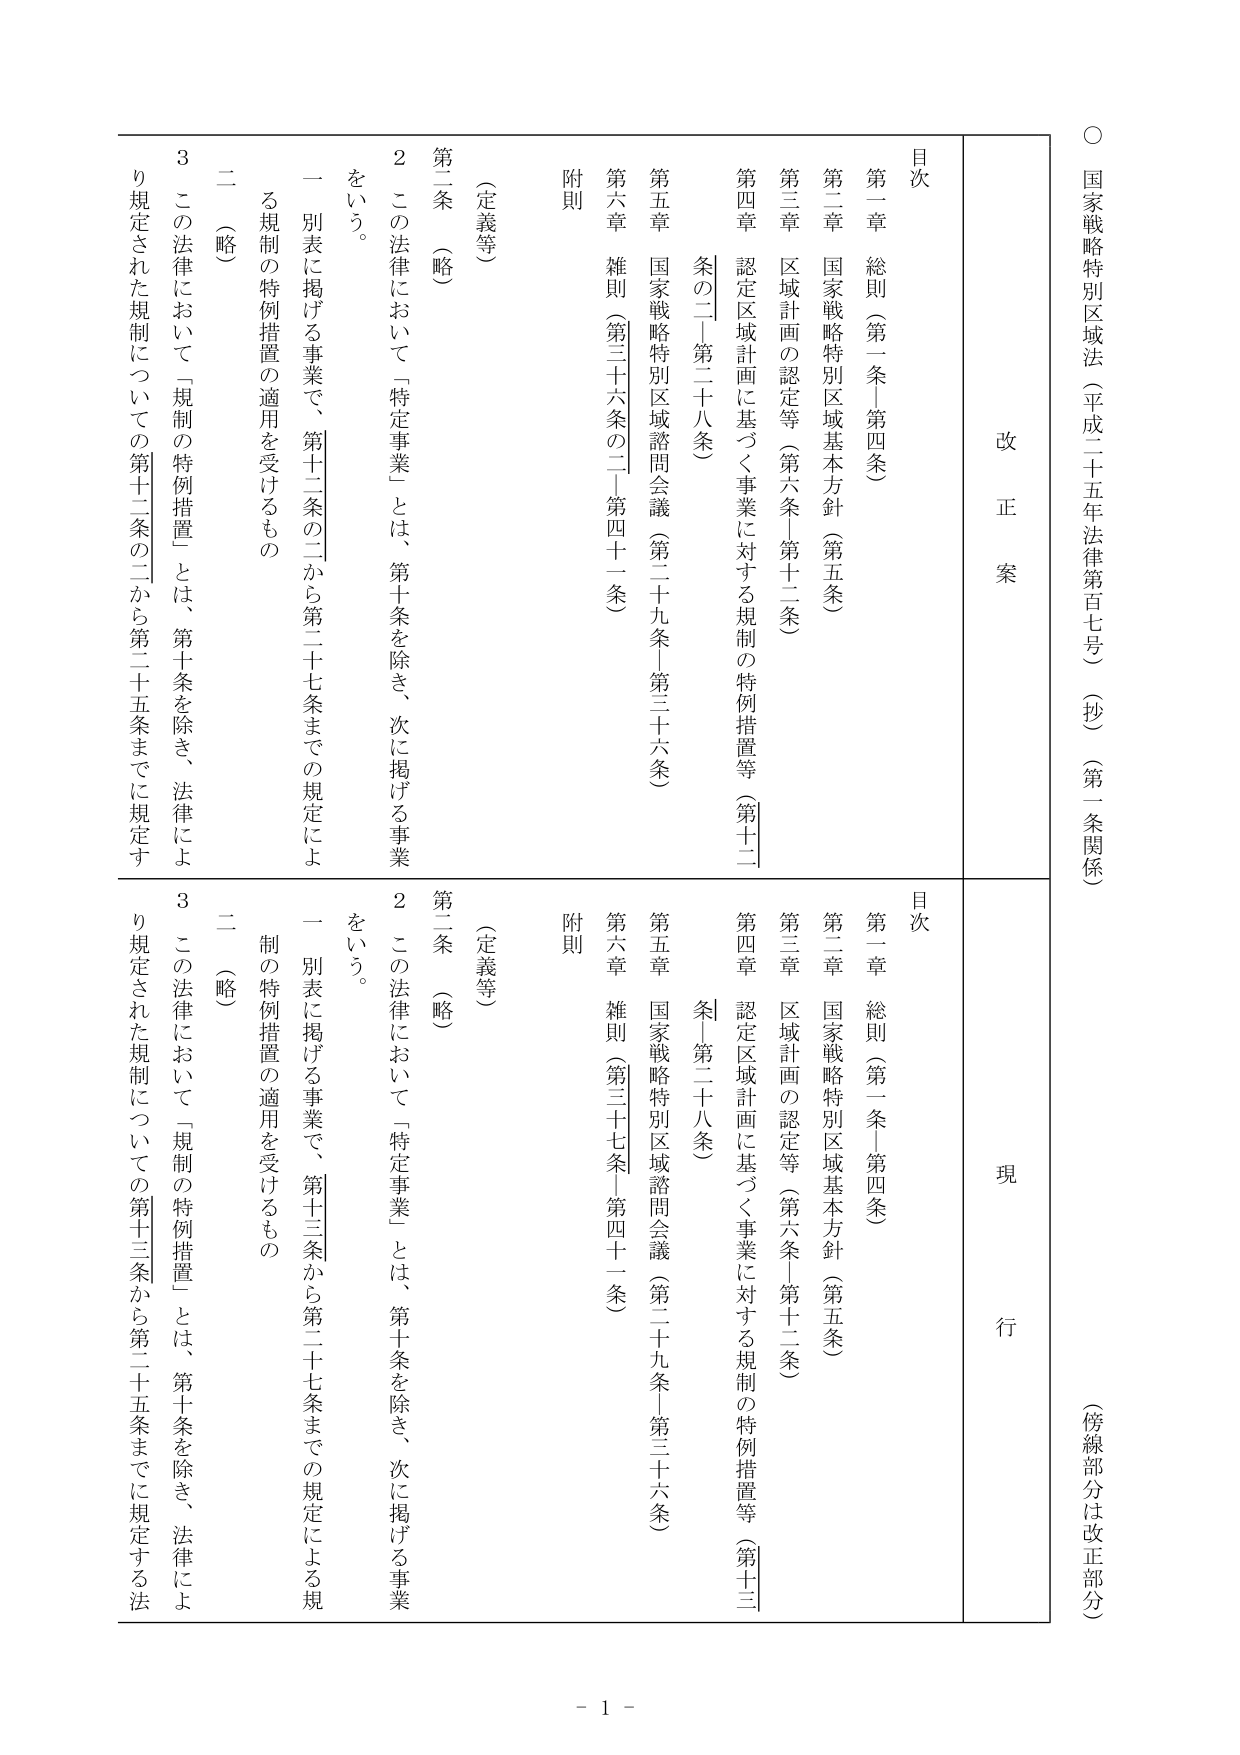
○ 国家戦略特別区域法（平成二十五年法律第百七号）（抄）（第一条関係）
（傍線部分は改正部分）

改正案
目次
第一章 総則（第一条－第四条）
第二章 国家戦略特別区域基本方針（第五条）
第三章 区域計画の認定等（第六条－第十二条）
第四章 認定区域計画に基づく事業に対する規制の特例措置等（第十二
条の二－第二十八条）
第五章 国家戦略特別区域諮問会議（第二十九条－第三十六条）
第六章 雑則（第三十六条の二－第四十一条）
附則

（定義等）
第二条 （略）
２ この法律において「特定事業」とは、第十条を除き、次に掲げる事業をいう。
一 別表に掲げる事業で、第十二条の二から第二十七条までの規定による規制の特例措置の適用を受けるもの
二 （略）
３ この法律において「規制の特例措置」とは、第十条を除き、法律により規定された規制についての第十二条の二から第二十五条までに規定す

現行
目次
第一章 総則（第一条－第四条）
第二章 国家戦略特別区域基本方針（第五条）
第三章 区域計画の認定等（第六条－第十二条）
第四章 認定区域計画に基づく事業に対する規制の特例措置等（第十三
条－第二十八条）
第五章 国家戦略特別区域諮問会議（第二十九条－第三十六条）
第六章 雑則（第三十七条－第四十一条）
附則

（定義等）
第二条 （略）
２ この法律において「特定事業」とは、第十条を除き、次に掲げる事業をいう。
一 別表に掲げる事業で、第十三条から第二十七条までの規定による規制の特例措置の適用を受けるもの
二 （略）
３ この法律において「規制の特例措置」とは、第十条を除き、法律により規定された規制についての第十三条から第二十五条までに規定する法

- 1 -